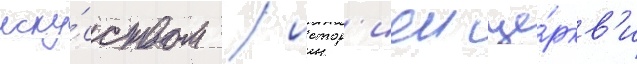
иску́сством / истор'иеи це́ркв'и